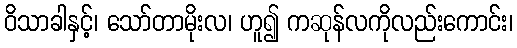
ဝိသာခါနှင့်၊ သော်တာမိုးလ၊ ဟူ၍ ကဆုန်လကိုလည်းကောင်း၊